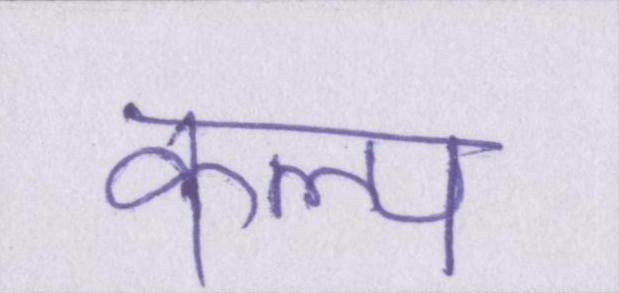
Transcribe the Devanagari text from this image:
कल्प